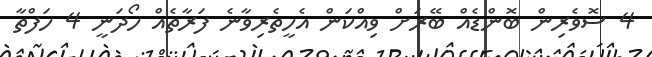
4 ސޮވެރިން ބޮންޑެއް ބޭރަށް ވިއްކަން އެހީތެރިވާނެ ފަރާތެއް ހޯދަނީ 4 ހަފްތާ